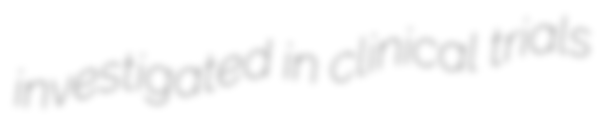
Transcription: investigated in clinical trials